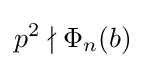
p^{2}\nmid \Phi _{n}(b)